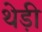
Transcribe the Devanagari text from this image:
थेड़ी